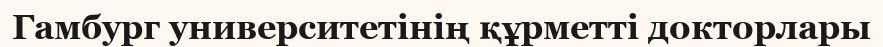
Гамбург университетінің құрметті докторлары